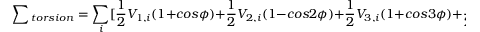
\sum { _ { t o r s i o n } } = \sum _ { i } [ \frac { 1 } { 2 } V _ { 1 , i } ( 1 + c o s \phi ) + \frac { 1 } { 2 } V _ { 2 , i } ( 1 - c o s 2 \phi ) + \frac { 1 } { 2 } V _ { 3 , i } ( 1 + c o s 3 \phi ) + \frac { 1 } { 2 } V _ { 4 , i } ( 1 - c o s 4 \phi ) ] .